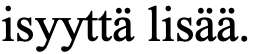
isyyttä lisää.